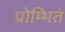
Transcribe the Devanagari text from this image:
प्रोम्भितं